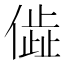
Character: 𬿨